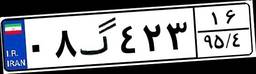
۰۸گ۴۲۳۱۶